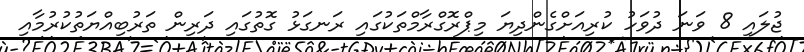
ޖުލައި 8 ވަނަ ދުވަހު ކުރިއަށްގެންދިޔަ މިޕްރޮގްރާމްތަކުގައި ރަނގަޅު ގޮތުގައި ދަރިން ތަރުބިއްޔަތުކުރުމާއި